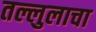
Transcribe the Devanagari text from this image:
तल्लुलाचा